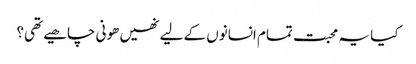
کیا یہ محبت تمام انسانوں کے لیے نھیں ھونی چاھیے تھی؟